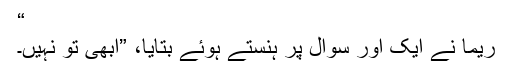
“
ریما نے ایک اور سوال پر ہنستے ہوئے بتایا، ”ابھی تو نہیں۔